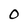
Character: O